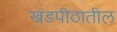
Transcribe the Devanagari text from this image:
खंडपीठातील